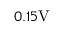
0 . 1 5 \mathrm { V }